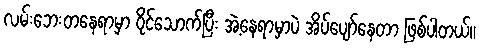
လမ်းဘေးတနေရာမှာ ဝိုင်သောက်ပြီး အဲ့နေရာမှာပဲ အိပ်ပျော်နေတာ ဖြစ်ပါတယ်။